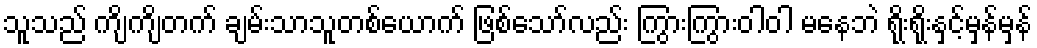
သူသည် ကျိကျိတက် ချမ်းသာသူတစ်ယောက် ဖြစ်သော်လည်း ကြွားကြွားဝါဝါ မနေဘဲ ရိုးရိုးနှင့်မှန်မှန်